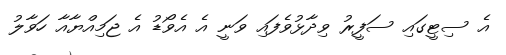
އެ ސިޓީގައި ސަފީރު ވިދާޅުވެފައި ވަނީ އެ އެވޯޑު އެ ޖަމިއްޔާއާ ހަވާލު